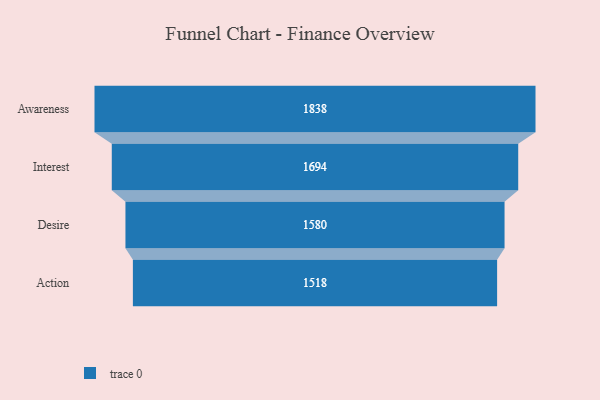
{"axis": {"x": "Stage", "y": "Value"}, "legend": [""], "data": [{"x": "Awareness", "y": 1838.0, "type": ""}, {"x": "Interest", "y": 1694.0, "type": ""}, {"x": "Desire", "y": 1580.0, "type": ""}, {"x": "Action", "y": 1518.0, "type": ""}]}